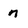
Character: n